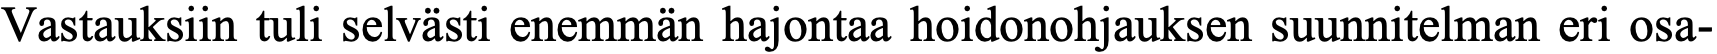
Vastauksiin tuli selvästi enemmän hajontaa hoidonohjauksen suunnitelman eri osa-